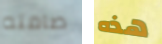
صامته هذه